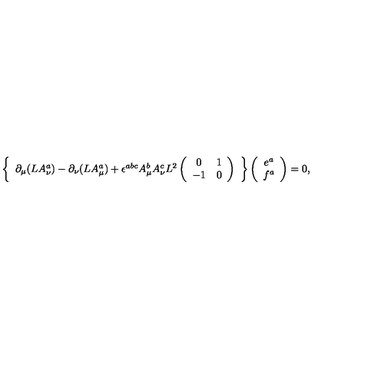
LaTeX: \left\{ \begin{array} { c } { \partial _ { \mu } ( L A _ { \nu } ^ { a } ) - \partial _ { \nu } ( L A _ { \mu } ^ { a } ) + \epsilon ^ { a b c } A _ { \mu } ^ { b } A _ { \nu } ^ { c } L ^ { 2 } \left( \begin{array} { c c } { 0 } & { 1 } \\ { - 1 } & { 0 } \\ \end{array} \right) } \\ \end{array} \right\} \left( \begin{array} { c } { e ^ { a } } \\ { f ^ { a } } \\ \end{array} \right) = 0 ,